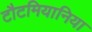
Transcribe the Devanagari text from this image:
टौटमियानिया